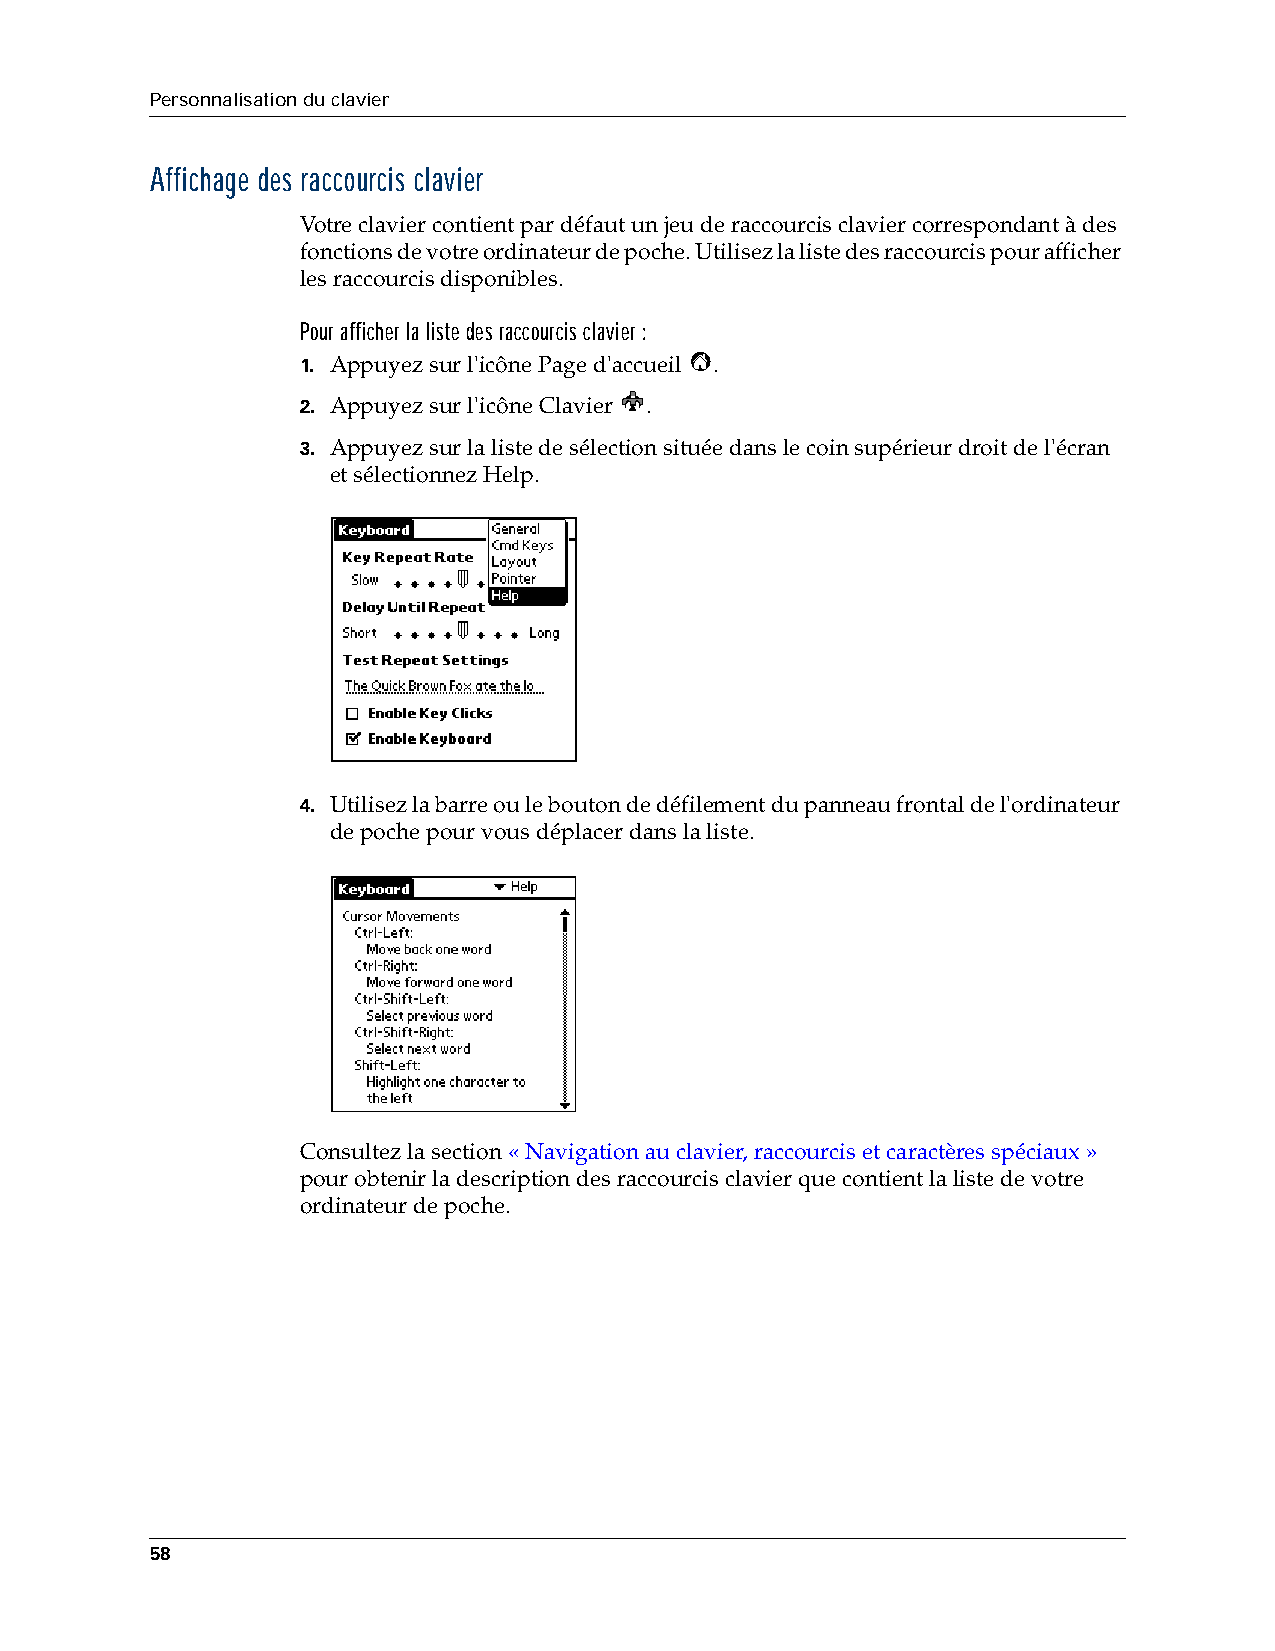
Personnalisation du clavier
 Affichage des raccourcis clavier
 Votre clavier contient par défaut un jeu de raccourcis clavier correspondant à des
 fonctions de votre ordinateur de poche. Utilisez la liste des raccourcis pour afficher
 les raccourcis disponibles.
 Pour afficher la liste des raccourcis clavier :
 1. Appuyez sur l'icône Page d'accueil .
 2. Appuyez sur l'icône Clavier .
 3. Appuyez sur la liste de sélection située dans le coin supérieur droit de l'écran
 etsélectionnez Help.
 4. Utilisez la barre ou le bouton de défilement du panneau frontal de l'ordinateur
 de poche pour vous déplacer dans la liste.
 Consultez la section «Navigation au clavier, raccourcis et caractères spéciaux»
 pour obtenir la description des raccourcis clavier que contient la liste de votre
 ordinateur de poche.
 58